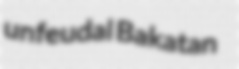
unfeudal Bakatan